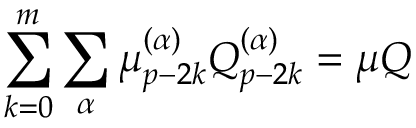
\sum _ { k = 0 } ^ { m } \sum _ { \alpha } \mu _ { p - 2 k } ^ { ( \alpha ) } Q _ { p - 2 k } ^ { ( \alpha ) } = \mu Q